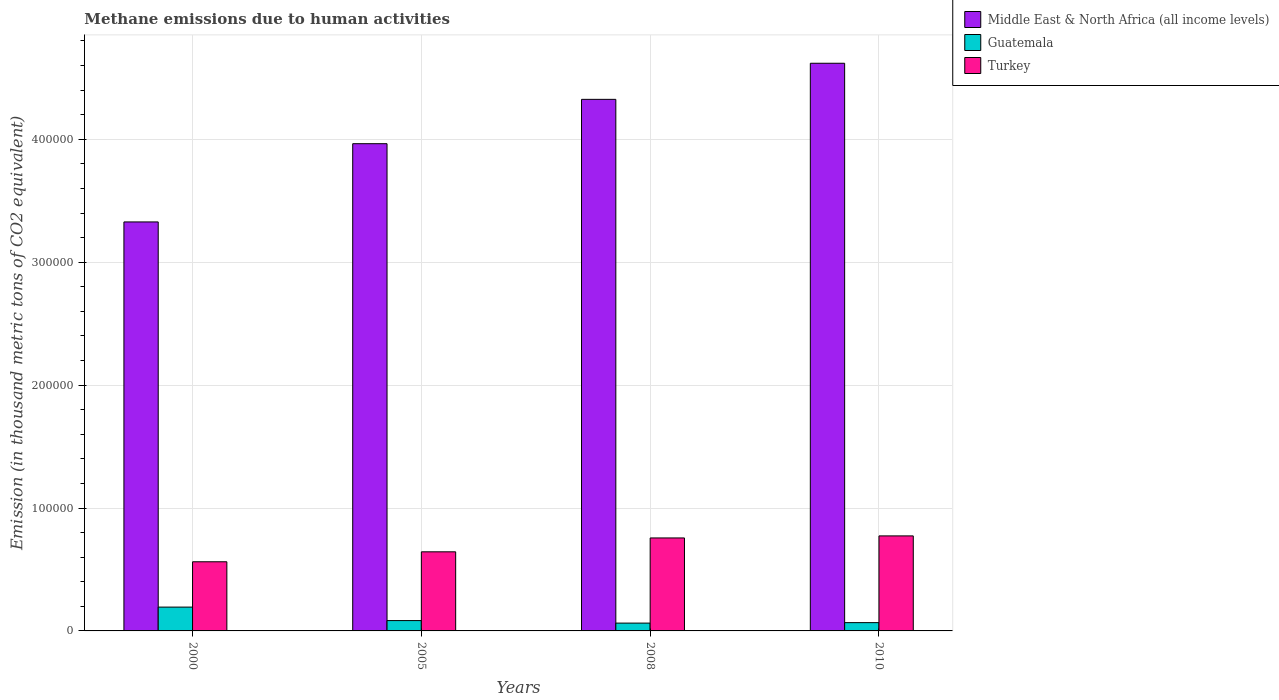
| Years | Middle East & North Africa (all income levels) | Guatemala | Turkey |
 | --- | --- | --- | --- |
 | 2000 | 3.33e+05 | 1.94e+04 | 5.63e+04 |
 | 2005 | 3.96e+05 | 8.4e+03 | 6.44e+04 |
 | 2008 | 4.32e+05 | 6.37e+03 | 7.57e+04 |
 | 2010 | 4.62e+05 | 6.75e+03 | 7.73e+04 |